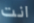
انت